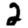
Digit: 2